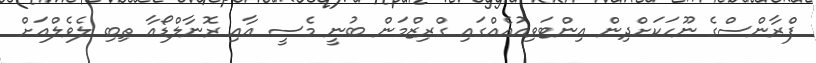
ފްރާންސްގެ ނޫހަކަށްދިން އިންޓަވިއުއެއްގައި ގްރިޒްމަން ބުނީ މެސީ އާއި ރޮނާލްޑޯއާ ތިބި ލެވެލްއަށް